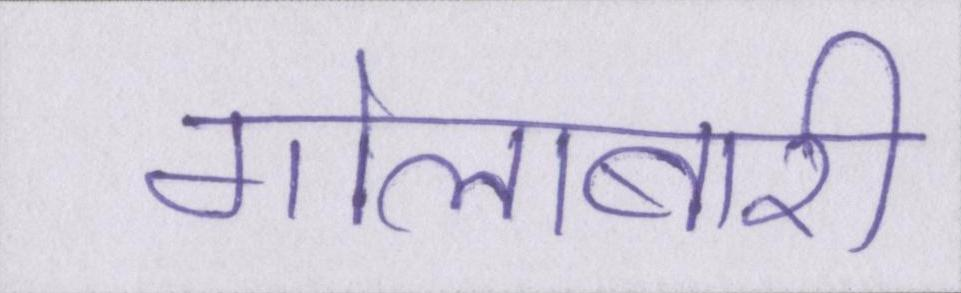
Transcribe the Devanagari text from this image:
गोलाबारी